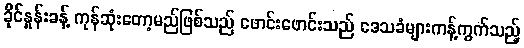
ခိုင်နှုန်းခန့် ကုန်ဆုံးတော့မည်ဖြစ်သည် ဖောင်းဖောင်းသည် ဒေသခံများကန့်ကွက်သည့်